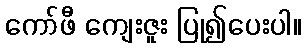
ကော်ဖီ ကျေးဇူး ပြု၍ပေးပါ။